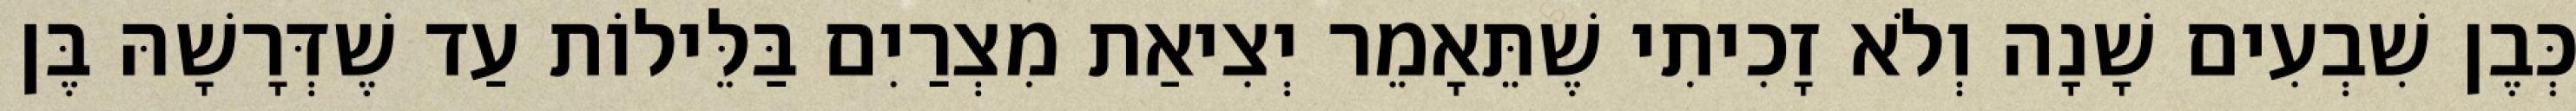
כְּבֶן שִׁבְעִים שָׁנָה וְלֹא זָכִיתִי שֶׁתֵּאָמֵר יְצִיאַת מִצְרַיִם בַּלֵּילוֹת עַד שֶׁדְּרָשָׁהּ בֶּן